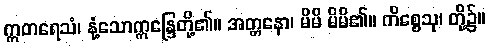
ဣတရေသံ၊ နုံ့သောဣန္ဒြေတို့၏။ အတ္တနော၊ မိမိ မိမိ၏။ ကိစ္စေသု၊ တို့၌။